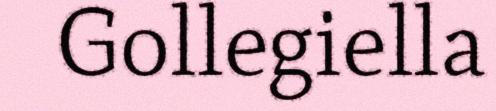
Gollegiella